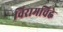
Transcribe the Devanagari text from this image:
विरामचिह्ने